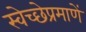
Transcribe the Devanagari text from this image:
स्वेच्छेप्रमाणें